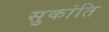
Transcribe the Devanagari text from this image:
सुकांति